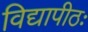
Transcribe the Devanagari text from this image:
विद्यापीठः